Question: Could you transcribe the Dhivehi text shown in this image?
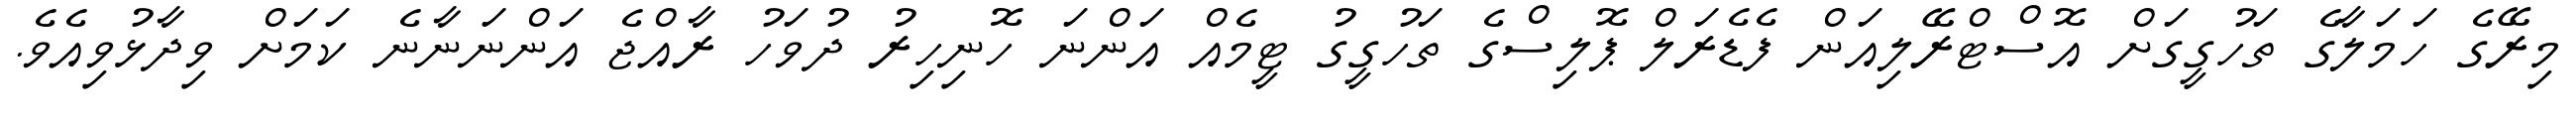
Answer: މިރޭގެ ހަމަލާގެ ތަހުގީގަށް އޮސްޓްރޭލިއަން ފެޑެރަލް ޕޮލިސްގެ ތަހުގީގު ޓީމެއް އަންނަ ހޮނިހިރު ދުވަހު ރާއްޖެ އަންނަނާނެ ކަމަށް ވިދާޅުވިއެވެ.